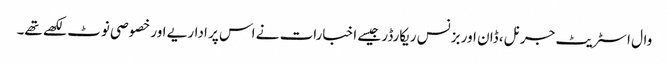
وال اسٹریٹ جرنل، ڈان اور بزنس ریکارڈر جیسے اخبارات نے اس پر اداریے اور خصوصی نوٹ لکھے تھے۔